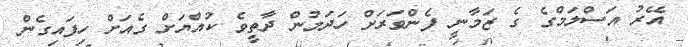
އޭރު އަސްލަމްގެ ގެ ޒަމާނީ ފެންވަރަށް ހަދަމުން ދާތީވެ ކުއްޔަށް ގެއަށް ހިފައިގެން